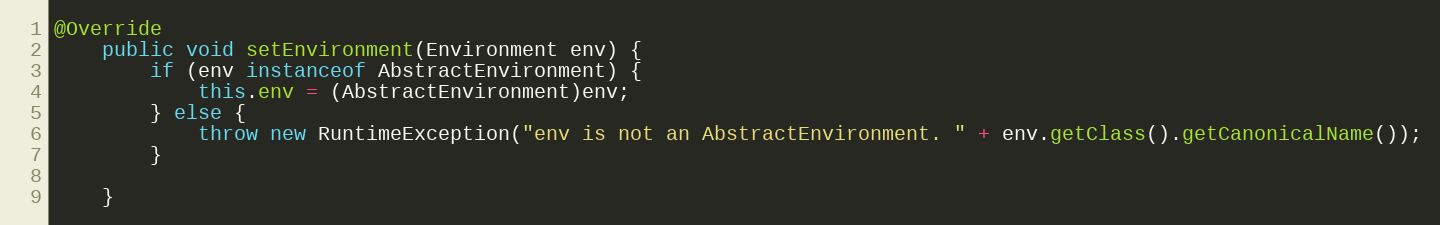
Language: Java
@Override
    public void setEnvironment(Environment env) {
    	if (env instanceof AbstractEnvironment) {
    		this.env = (AbstractEnvironment)env;
    	} else {
    		throw new RuntimeException("env is not an AbstractEnvironment. " + env.getClass().getCanonicalName());
    	}

    }